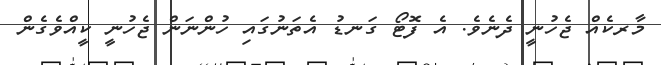
މާރކެއް ޖެހުނީ ދެނެވެ. އެ ފޮޓޯ ގަނޑު އެތަނުގައި ހުންނަން ޖެހުނީ ކީއްވެގެން